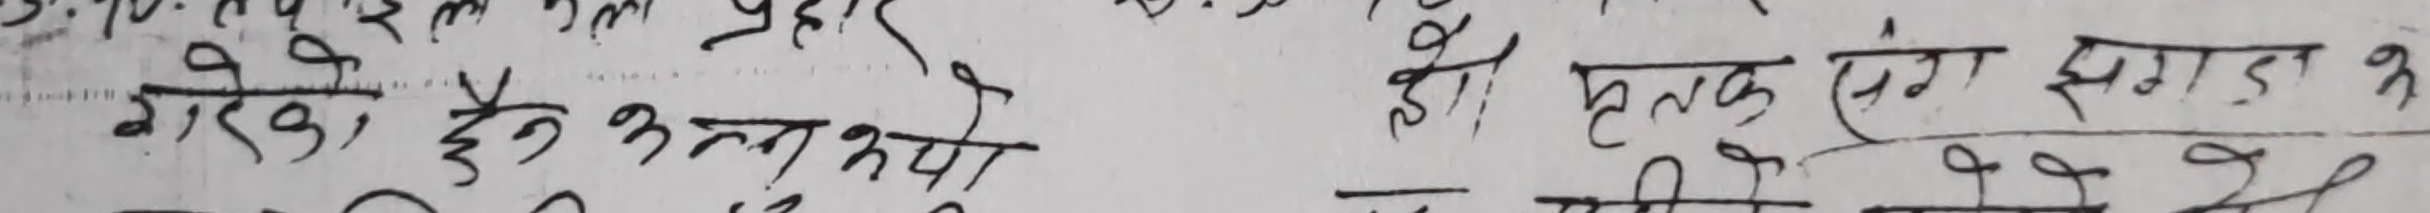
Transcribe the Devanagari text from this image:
गरेको छैन उनको। त्यो हु। तलक सँग झगडा झगडा झगडा झगडा झगडा झगडा झगडा झगडा झगडा झगडा झगडा झगडा झगडा झगडा झगडा झगडा झगडा झगडा झगडा झगडा झगडा झगडा झगडा झगडा झगडा झगडा झगडा झगडा झगडा झगडा झगडा झगडा झगडा झगडा झगडा झगडा झगडा झगडा झगडा झगडा